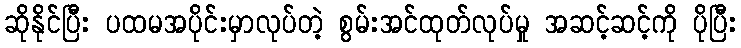
ဆိုနိုင်ပြီး ပထမအပိုင်းမှာလုပ်တဲ့ စွမ်းအင်ထုတ်လုပ်မှု အဆင့်ဆင့်ကို ပိုပြီး